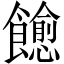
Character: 𬲠